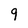
Character: 9